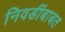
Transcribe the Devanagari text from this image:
निवडींबाबत